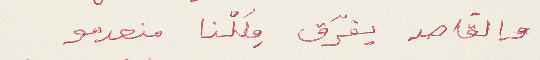
والقاصد يفرّق مِلكنا منعدمو